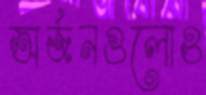
অর্জনগুলোও